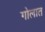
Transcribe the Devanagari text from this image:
गोलात